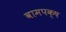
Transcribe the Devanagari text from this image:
वामपक्ष